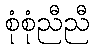
စုံစုံညီညီ